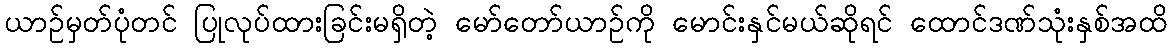
ယာဉ်မှတ်ပုံတင် ပြုလုပ်ထားခြင်းမရှိတဲ့ မော်တော်ယာဉ်ကို မောင်းနှင်မယ်ဆိုရင် ထောင်ဒဏ်သုံးနှစ်အထိ